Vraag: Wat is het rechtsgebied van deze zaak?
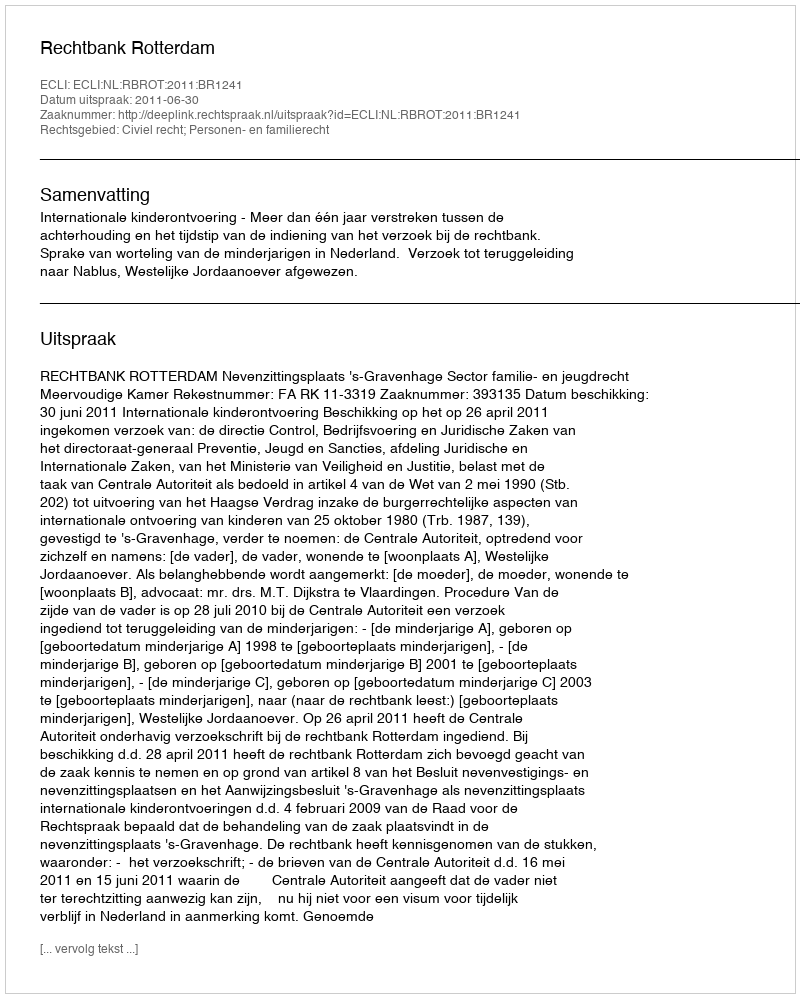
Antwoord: Civiel recht; Personen- en familierecht